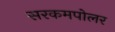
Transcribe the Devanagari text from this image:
सरकमपोलर